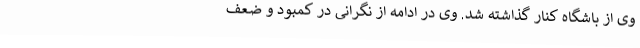
وی از باشگاه کنار گذاشته شد. وی در ادامه از نگرانی در کمبود و ضعف